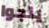
ينجوا